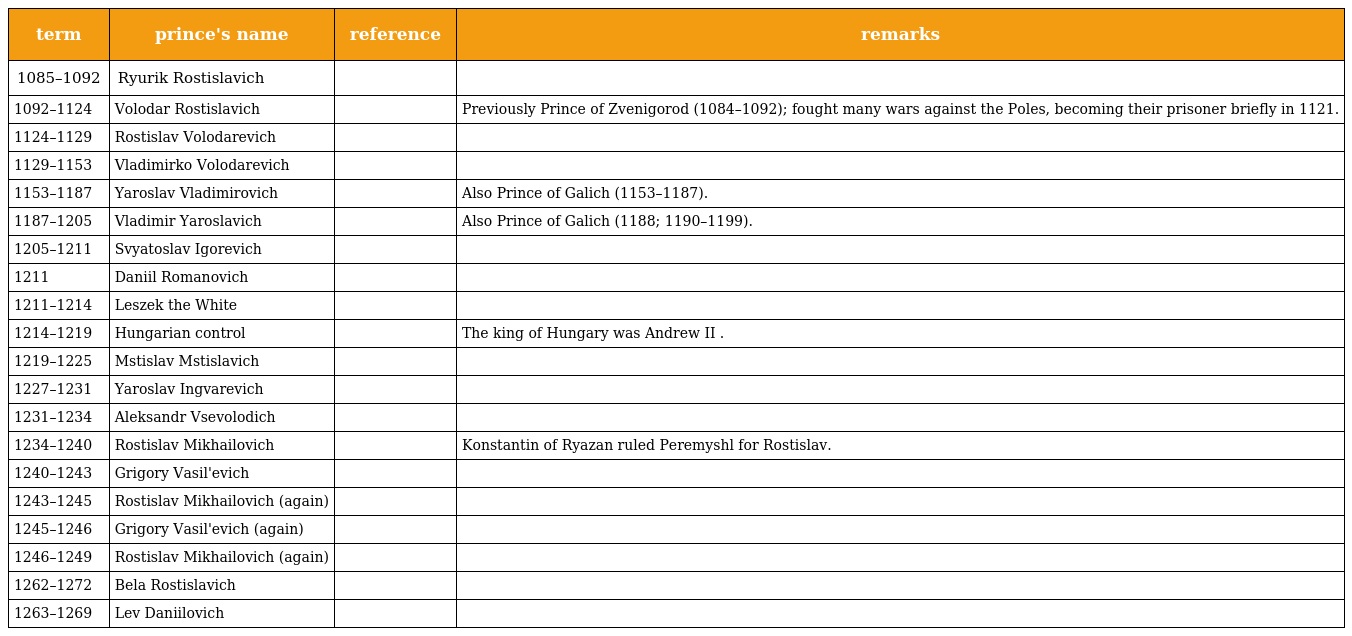
| term | prince's name | reference | remarks |
 | --- | --- | --- | --- |
 | 1085–1092 | Ryurik Rostislavich |  |  |
 | 1092–1124 | Volodar Rostislavich |  | Previously Prince of Zvenigorod (1084–1092); fought many wars against the Poles, becoming their prisoner briefly in 1121. |
 | 1124–1129 | Rostislav Volodarevich |  |  |
 | 1129–1153 | Vladimirko Volodarevich |  |  |
 | 1153–1187 | Yaroslav Vladimirovich |  | Also Prince of Galich (1153–1187). |
 | 1187–1205 | Vladimir Yaroslavich |  | Also Prince of Galich (1188; 1190–1199). |
 | 1205–1211 | Svyatoslav Igorevich |  |  |
 | 1211 | Daniil Romanovich |  |  |
 | 1211–1214 | Leszek the White |  |  |
 | 1214–1219 | Hungarian control |  | The king of Hungary was Andrew II . |
 | 1219–1225 | Mstislav Mstislavich |  |  |
 | 1227–1231 | Yaroslav Ingvarevich |  |  |
 | 1231–1234 | Aleksandr Vsevolodich |  |  |
 | 1234–1240 | Rostislav Mikhailovich |  | Konstantin of Ryazan ruled Peremyshl for Rostislav. |
 | 1240–1243 | Grigory Vasil'evich |  |  |
 | 1243–1245 | Rostislav Mikhailovich (again) |  |  |
 | 1245–1246 | Grigory Vasil'evich (again) |  |  |
 | 1246–1249 | Rostislav Mikhailovich (again) |  |  |
 | 1262–1272 | Bela Rostislavich |  |  |
 | 1263–1269 | Lev Daniilovich |  |  |